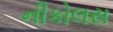
નીકોલસ